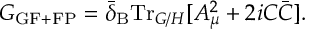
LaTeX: G _ { \mathrm { G F + F P } } = \bar { \delta } _ { \mathrm { B } } \mathrm { T r } _ { G / H } [ A _ { \mu } ^ { 2 } + 2 i C \bar { C } ] .